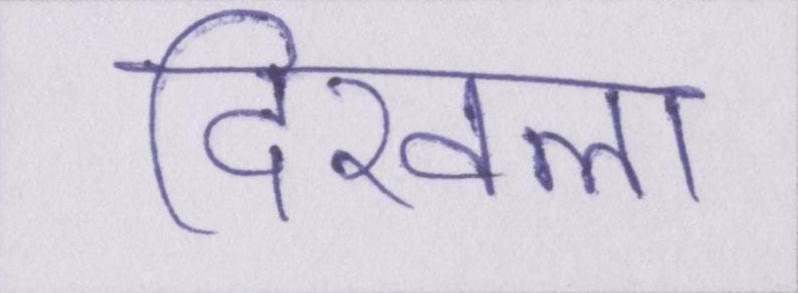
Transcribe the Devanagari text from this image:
दिखला